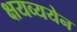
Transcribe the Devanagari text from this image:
क्षयव्ययेन